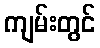
ကျမ်းတွင်